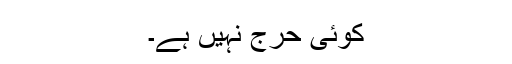
کوئی حرج نہیں ہے۔